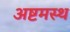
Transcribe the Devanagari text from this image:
अष्टमस्थ